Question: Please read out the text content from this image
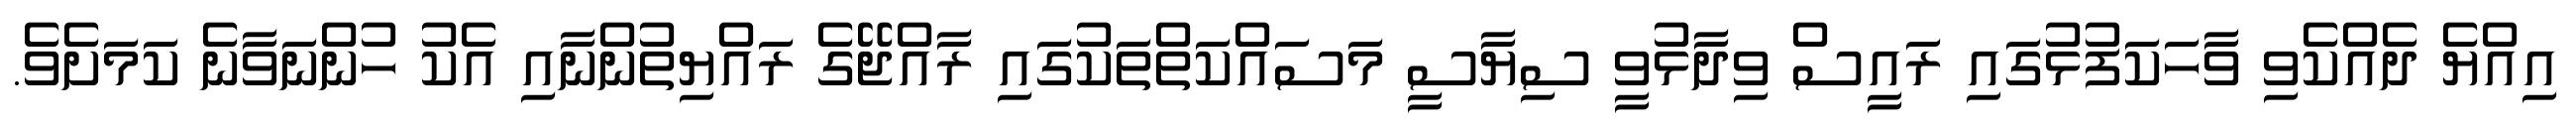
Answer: އިއްޔެ ދެއްކެވި ވާހަކަފުޅުގައި ރައީސް ވިދާޅުވީ ސިޔާސީ މަސައްކަތްތަކުގައި ރާއްޖޭގެ ރައްޔިތުންނާއި އެކު ހުންނަވާނެ ކަމަށެވެ.